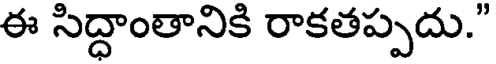
ఈ సిద్ధాంతానికి రాకతప్పదు."